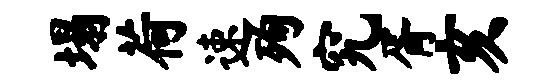
塌荷速殉究胥亥